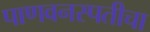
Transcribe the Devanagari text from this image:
पाणवनस्पतीचा